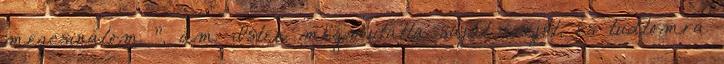
megcsinálom ”, ám Isten megmutatta saját erejét, és tudtomra